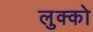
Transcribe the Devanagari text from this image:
लुक्को